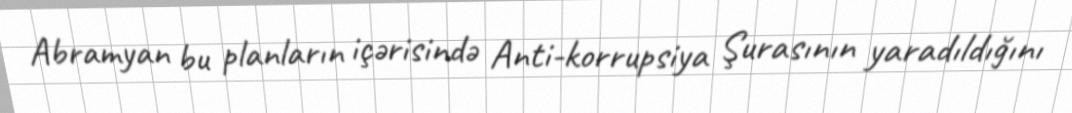
Abramyan bu planların içərisində Anti-korrupsiya Şurasının yaradıldığını